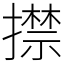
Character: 㩒